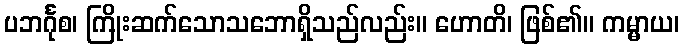
ပဘင်္ဂုစ၊ ကြိုးဆက်သောသဘောရှိသည်လည်း။ ဟောတိ၊ ဖြစ်၏။ ကမ္မာယ၊